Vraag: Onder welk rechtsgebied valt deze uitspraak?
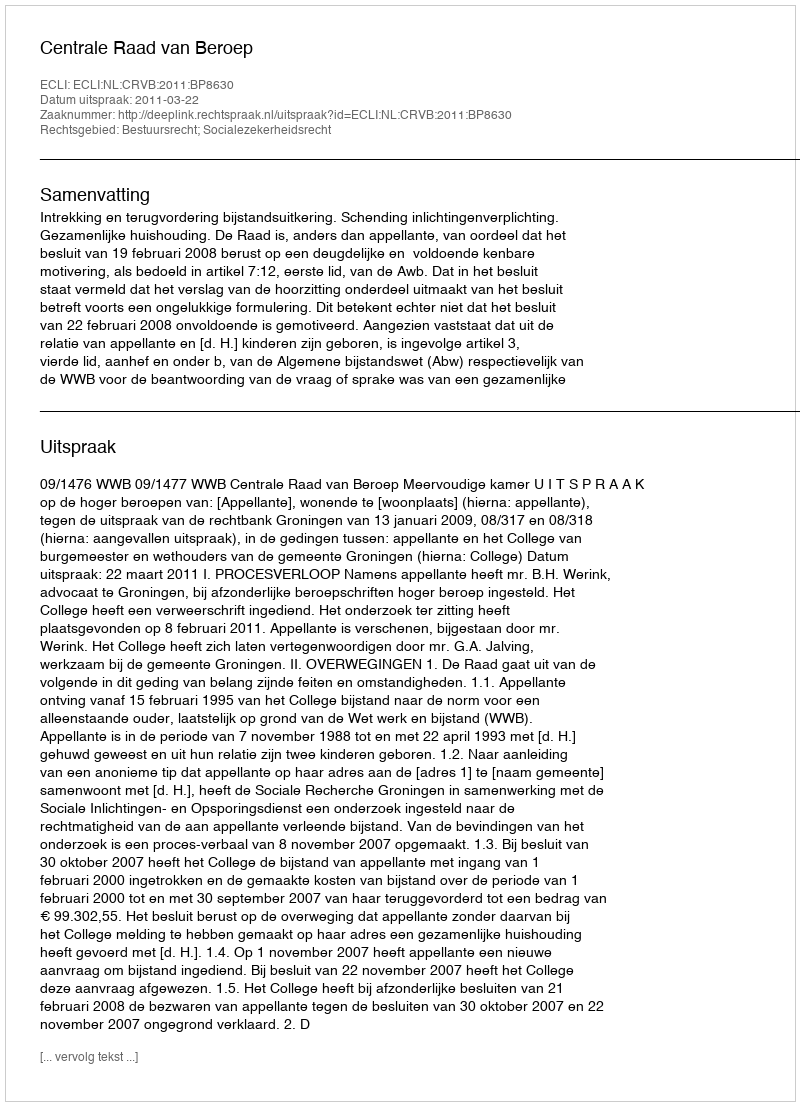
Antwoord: Bestuursrecht; Socialezekerheidsrecht